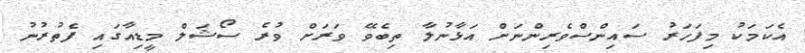
އެކަމަކު މިފަހަރު ސައިންސްވެރިންނަށް އަޅާނުލާ ތިބެވޭ ވަރަށް ވުރެ ސޯޝަލް މީޑިއާގައި ފެތުރުނު